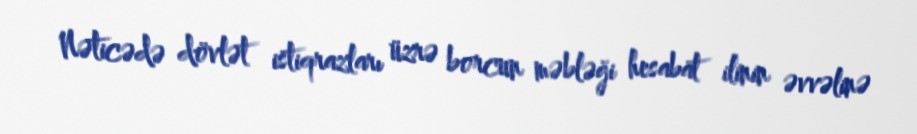
Nəticədə dövlət istiqrazları üzrə borcun məbləği hesabat ilinin əvvəlinə